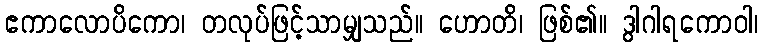
ဧကာလောပိကော၊ တလုပ်ဖြင့်သာမျှသည်။ ဟောတိ၊ ဖြစ်၏။ ဒွါဂါရကောဝါ၊